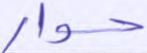
حوار